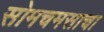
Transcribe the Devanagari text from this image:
सोमचमसाचा